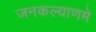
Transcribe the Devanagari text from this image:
जनकल्याणमे